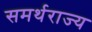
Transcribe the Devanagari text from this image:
समर्थराज्य